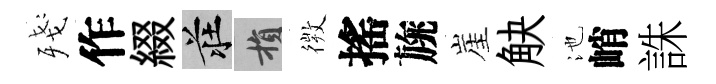
殘作綴莊損𢕄搖旐崖觖池峭誅